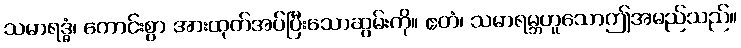
သမာရဒ္ဓံ၊ ကောင်းစွာ အားထုတ်အပ်ပြီးသောဆွမ်းကို။ ဧတံ၊ သမာရမ္ဘဟူသောဤအမည်သည်။